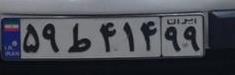
۵۹ط۴۱۴۹۹